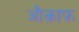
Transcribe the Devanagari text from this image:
औक़ाफ़